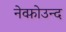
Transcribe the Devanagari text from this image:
नेव्फ़ोउन्द